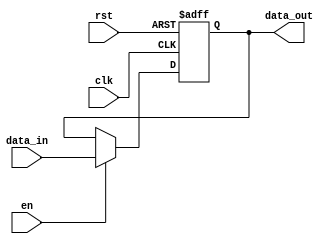
module input_register #(
    parameter WIDTH = 8  // Parameter for data width, default is 8 bits
)(
    input wire clk,      // Clock signal
    input wire rst,      // Reset signal
    input wire en,       // Enable signal
    input wire [WIDTH-1:0] data_in, // Input data
    output reg [WIDTH-1:0] data_out  // Output data
);

    // Sequential logic block
    always @(posedge clk or posedge rst) begin
        if (rst) begin
            // Asynchronous reset
            data_out <= {WIDTH{1'b0}}; // Set output to zero
        end else if (en) begin
            // Capture input data on clock edge if enabled
            data_out <= data_in;
        end
        // If not enabled, retain the previous value (implicit)
    end

endmodule